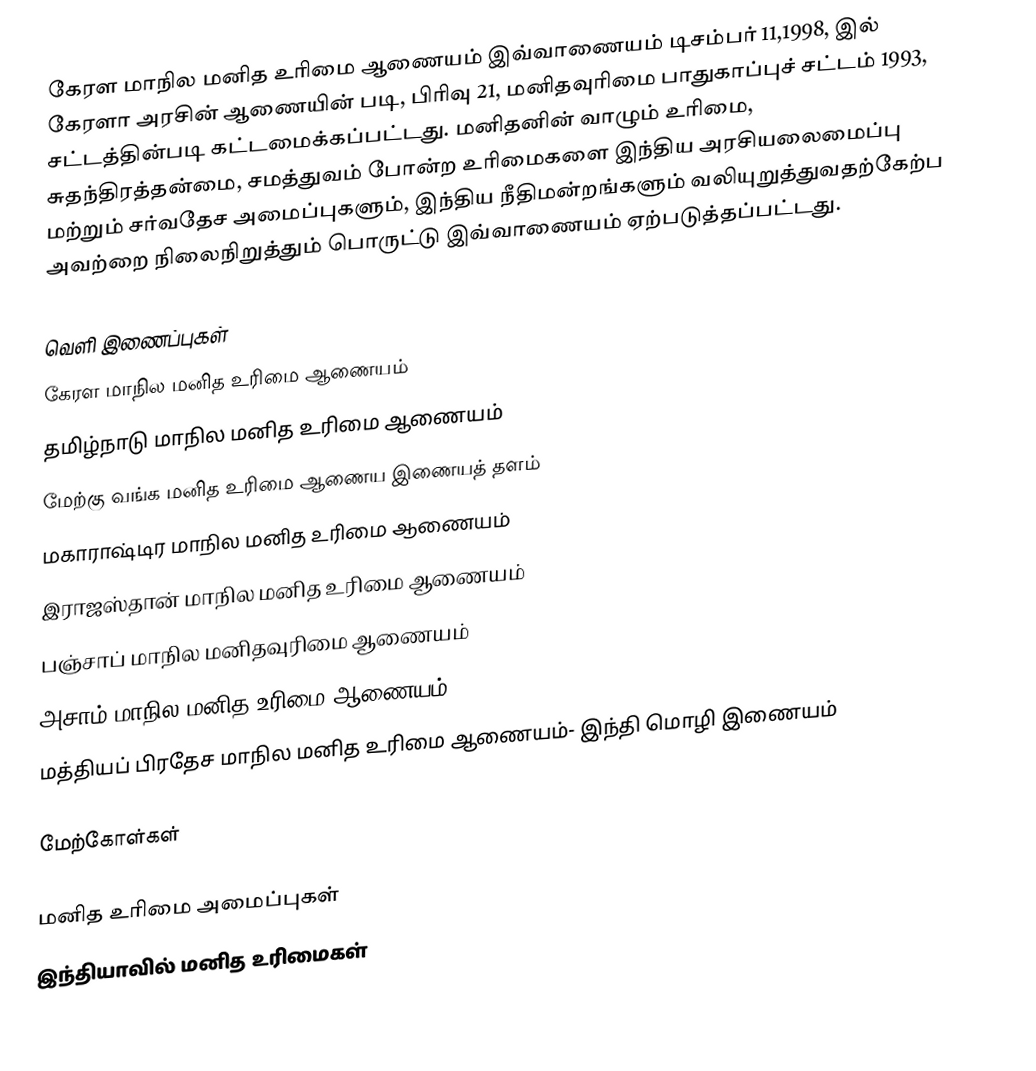
கேரள மாநில மனித உரிமை ஆணையம் இவ்வாணையம் டிசம்பர் 11,1998, இல் கேரளா அரசின் ஆணையின் படி, பிரிவு 21, மனிதவுரிமை பாதுகாப்புச் சட்டம் 1993, சட்டத்தின்படி கட்டமைக்கப்பட்டது. மனிதனின் வாழும் உரிமை, சுதந்திரத்தன்மை, சமத்துவம் போன்ற உரிமைகளை இந்திய அரசியலைமைப்பு மற்றும் சர்வதேச அமைப்புகளும், இந்திய நீதிமன்றங்களும் வலியுறுத்துவதற்கேற்ப அவற்றை நிலைநிறுத்தும் பொருட்டு இவ்வாணையம் ஏற்படுத்தப்பட்டது.

வெளி இணைப்புகள்
கேரள மாநில மனித உரிமை ஆணையம்
தமிழ்நாடு மாநில மனித உரிமை ஆணையம்
மேற்கு வங்க மனித உரிமை ஆணைய இணையத் தளம்
மகாராஷ்டிர மாநில மனித உரிமை ஆணையம்
இராஜஸ்தான் மாநில மனித உரிமை ஆணையம்
பஞ்சாப் மாநில மனிதவுரிமை ஆணையம்
அசாம் மாநில மனித உரிமை ஆணையம்
மத்தியப் பிரதேச மாநில மனித உரிமை ஆணையம்- இந்தி மொழி இணையம்

மேற்கோள்கள்

மனித உரிமை அமைப்புகள்
இந்தியாவில் மனித உரிமைகள்